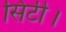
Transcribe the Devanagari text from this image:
सिटी।